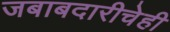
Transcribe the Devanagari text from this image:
जबाबदारीचेही